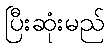
ပြီးဆုံးမည်